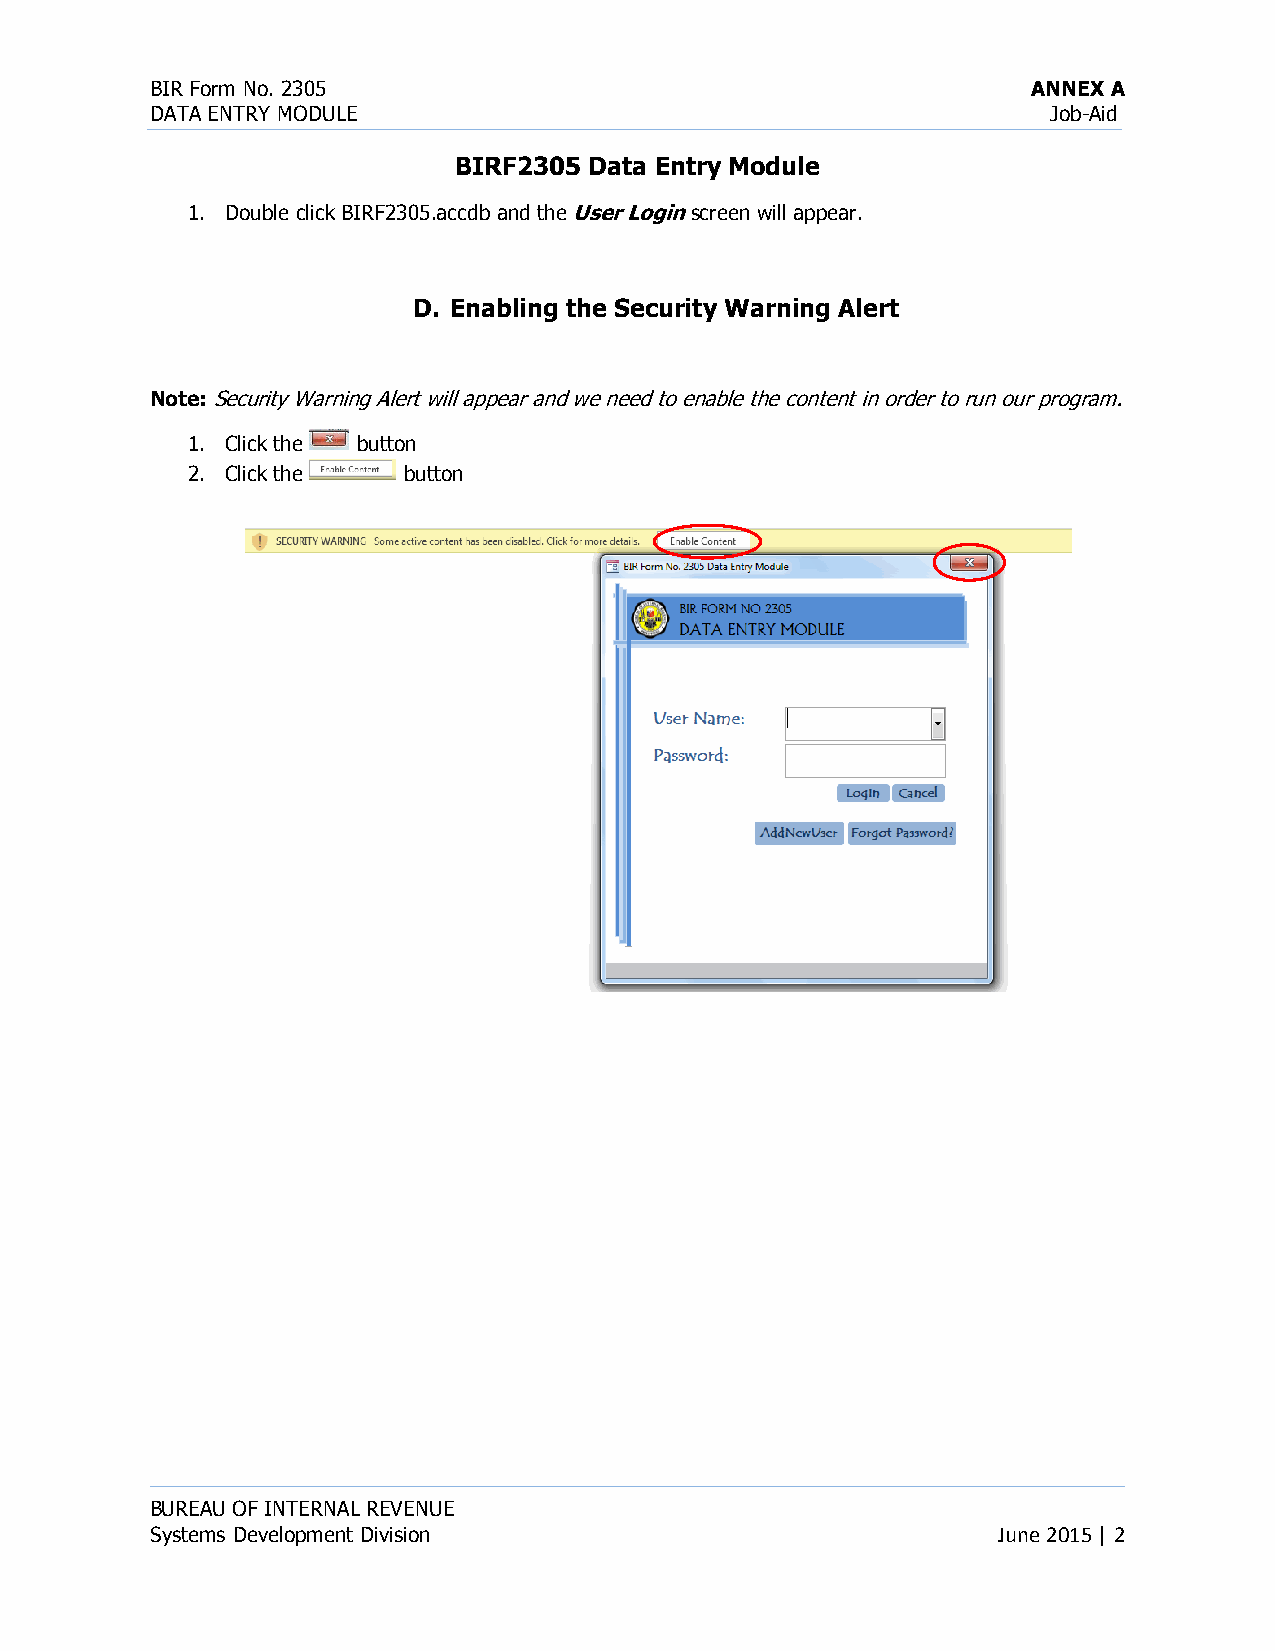
BIR Form No. 2305                                         ANNEX A
 DATA ENTRY MODULE                                           Job-Aid
 BIRF2305 Data Entry Module
 1. Double click BIRF2305.accdb and the User Login screen will appear.
 D. Enabling the Security Warning Alert
 Note: Security Warning Alert will appear and we need to enable the content in order to run our program.
 1. Click the button
 2. Click the   button
 BUREAU OF INTERNAL REVENUE
 Systems Development Division                            June 2015 | 2